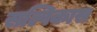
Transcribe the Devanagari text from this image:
सल्पिकास